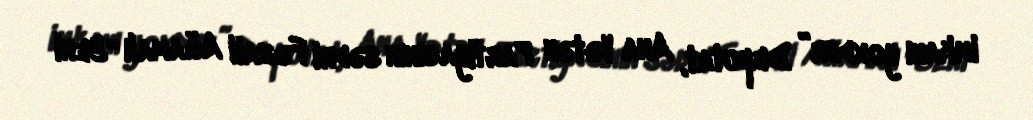
imkanı yoxdur” Deputat, Ana Vətən Partiyasının sədri Fəzail Ağamalı “Yeni